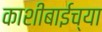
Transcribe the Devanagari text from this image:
काशीबाईच्या